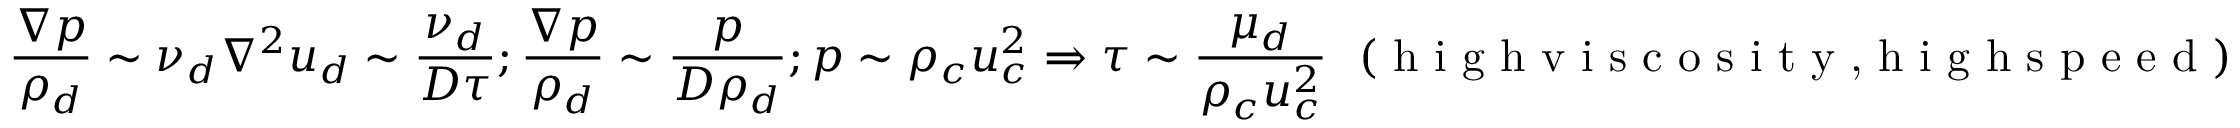
\frac { \nabla p } { \rho _ { d } } \sim \nu _ { d } \nabla ^ { 2 } u _ { d } \sim \frac { \nu _ { d } } { D \tau } ; \frac { \nabla p } { \rho _ { d } } \sim \frac { p } { D \rho _ { d } } ; p \sim \rho _ { c } u _ { c } ^ { 2 } \Rightarrow \tau \sim \frac { \mu _ { d } } { \rho _ { c } u _ { c } ^ { 2 } } ~ ~ ( \textrm { h i g h v i s c o s i t y , h i g h s p e e d } )